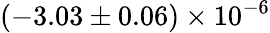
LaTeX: (-3.03\pm 0.06)\times 10^{-6}